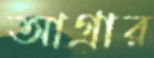
আগ্রার